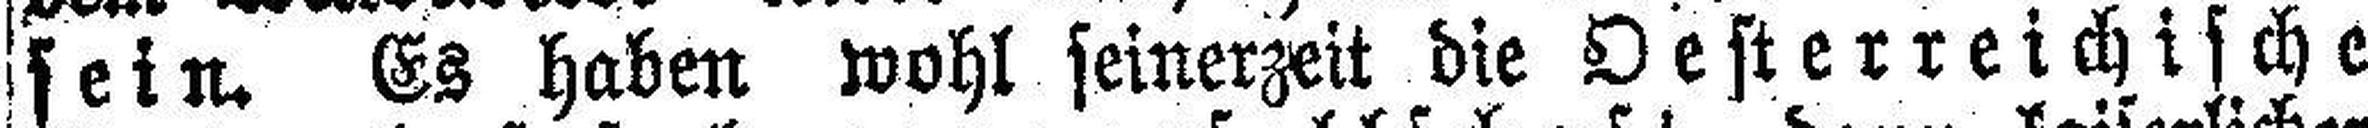
sein. Es haben wohl seinerzeit die Oesterreichische